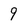
Character: 9